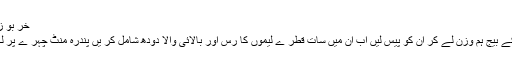
خر بو زے کے بیجوں کا ما سک
خربو زے اور کھیر ے کے بیج ہم وزن لے کر ان کو پیس لیں اب ان میں سات قطر ے لیموں کا رس اور بالائی والا دودھ شامل کر یں پندرہ منٹ چہر ے پر لگا رہنے دیں پھر دھو لیں۔